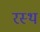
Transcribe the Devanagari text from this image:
रस्थ